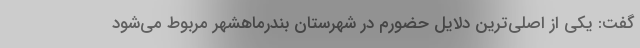
گفت: یکی از اصلی‌ترین دلایل حضورم در شهرستان بندرماهشهر مربوط می‌شود